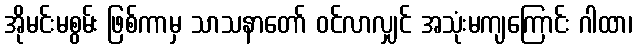
အိုမင်းမစွမ်း ဖြစ်ကာမှ သာသနာတော် ဝင်လာလျှင် အသုံးမကျကြောင်း ဂါထာ၊